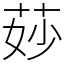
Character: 𦯷